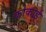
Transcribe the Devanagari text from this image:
कोकाई